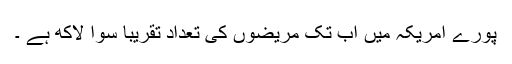
پورے امریکہ میں اب تک مریضوں کی تعداد تقریباََ سوا لاکھ ہے ۔